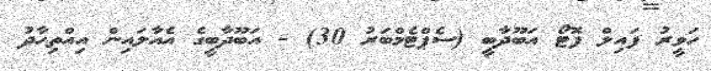
ހަވީރު ފައިލް ފޮޓޯ އަބޫދާބީ (ސެޕްޓެމްބަރު 30) - އަބޫދާބީގެ އެއާލައިން އިއްތިހާދު